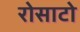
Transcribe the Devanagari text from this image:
रोसाटो